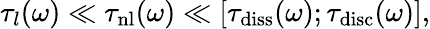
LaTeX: \tau_{l}(\omega)\ll\tau_{\mathrm{nl}}(\omega)\ll[\tau_{\mathrm{diss}}(\omega);\tau_{\mathrm{disc}}(\omega)],